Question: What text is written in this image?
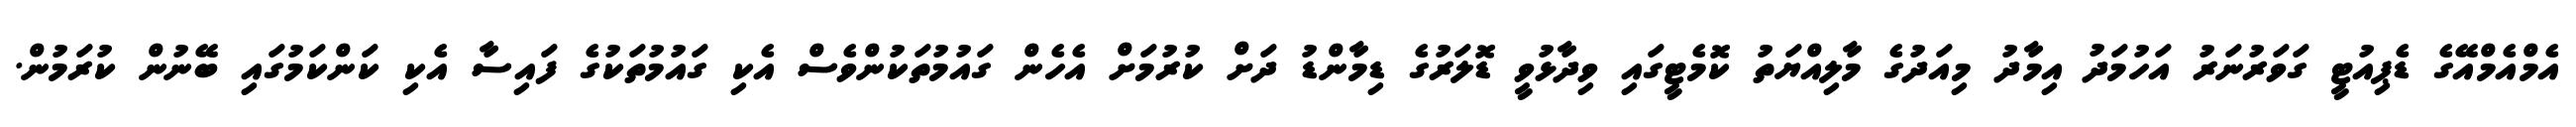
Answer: އެމްއެމްއޭގެ ޑެޕިއުޓީ ގަވަރުނަރު އަހުމަދު އިމާދު މިއަދުގެ މާލިއްޔަތު ކޮމެޓީގައި ވިދާޅުވީ ޑޮލަރުގެ ޑިމާންޑު ދަށް ކުރުމަށް އެހެން ގައުމުތަކުންވެސް އެކި ގައުމުތަކުގެ ފައިސާ އެކި ކަންކަމުގައި ބޭނުން ކުރަމުން.